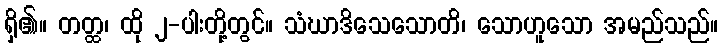
ရှိ၏။ တတ္ထ၊ ထို ၂-ပါးတို့တွင်။ သံဃာဒိသေသောတိ၊ သောဟူသော အမည်သည်။